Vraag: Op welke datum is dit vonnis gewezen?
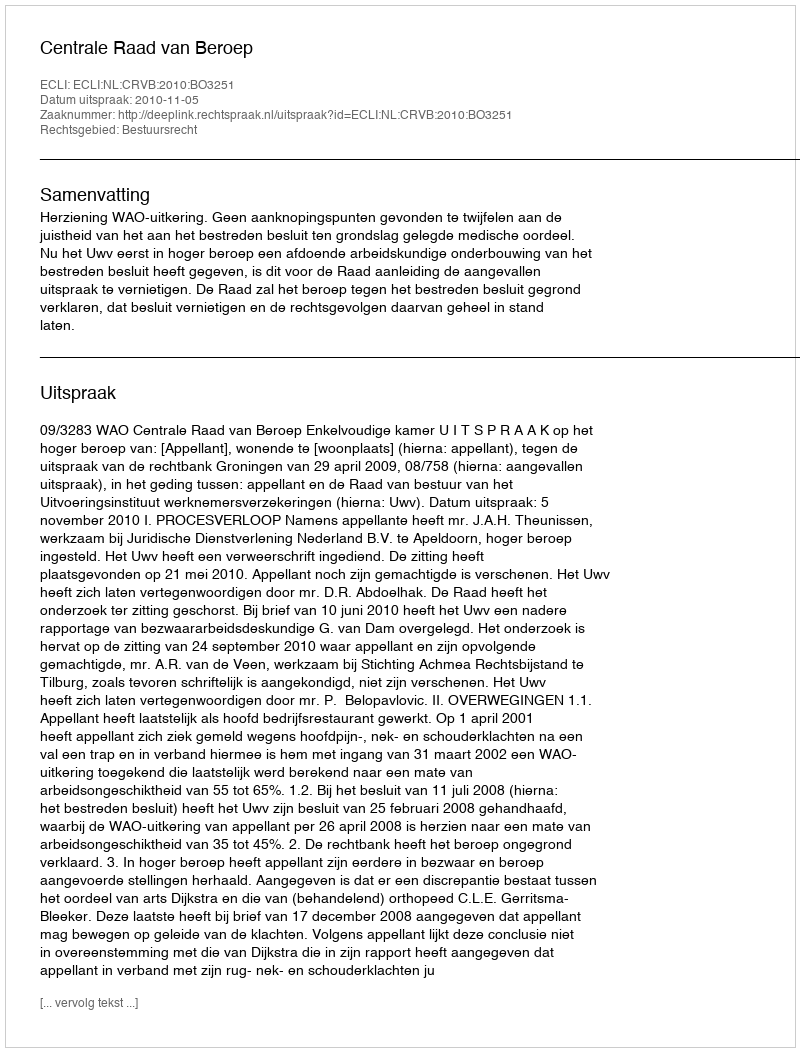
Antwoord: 2010-11-05